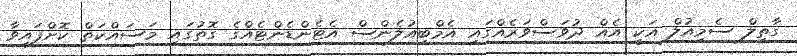
ގާތިލް ސެމިއުލް އަކީ އެއް ދުވަސްވަރެއްގައި އެމްބިއުލެންސް އެޓެންޑެންޓެއްގެ ގޮތުގައި މަސައްކަތް ކޮށްފައިވާ